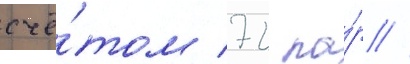
счё́том 72 па́р //